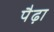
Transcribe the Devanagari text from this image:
पैढ़ा